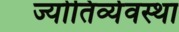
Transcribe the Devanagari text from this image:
ज्योतिर्व्यवस्था